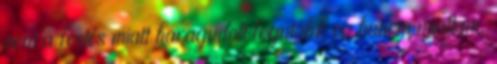
nem a festés miatt haragudott legutóbb is, hanem miattam.